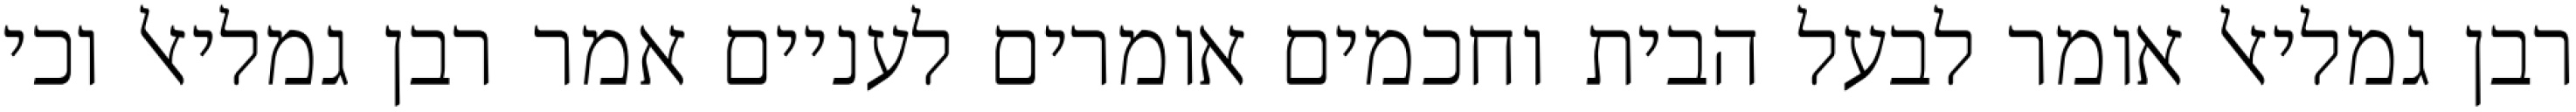
רבן גמליאל אומר לבעל הבית וחכמים אומרים לעניים אמר רבן גמליאל וכי